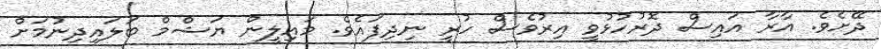
ދޭށެވެ. އާރާ އައިސް ދޮރުހުޅުވީ އިރުވެސް ހުރީ ނިދިފައެވެ. މައިލީން ޔަޝްމް ބަލައިދިނުމަށް